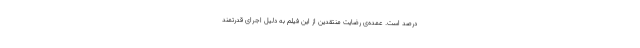
درصد است. عمده‌ی رضایت منتقدین از این فیلم به دلیل اجرای قدرتمند